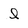
Character: l